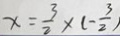
x = \frac { 3 } { 2 } \times ( - \frac { 3 } { 2 } )